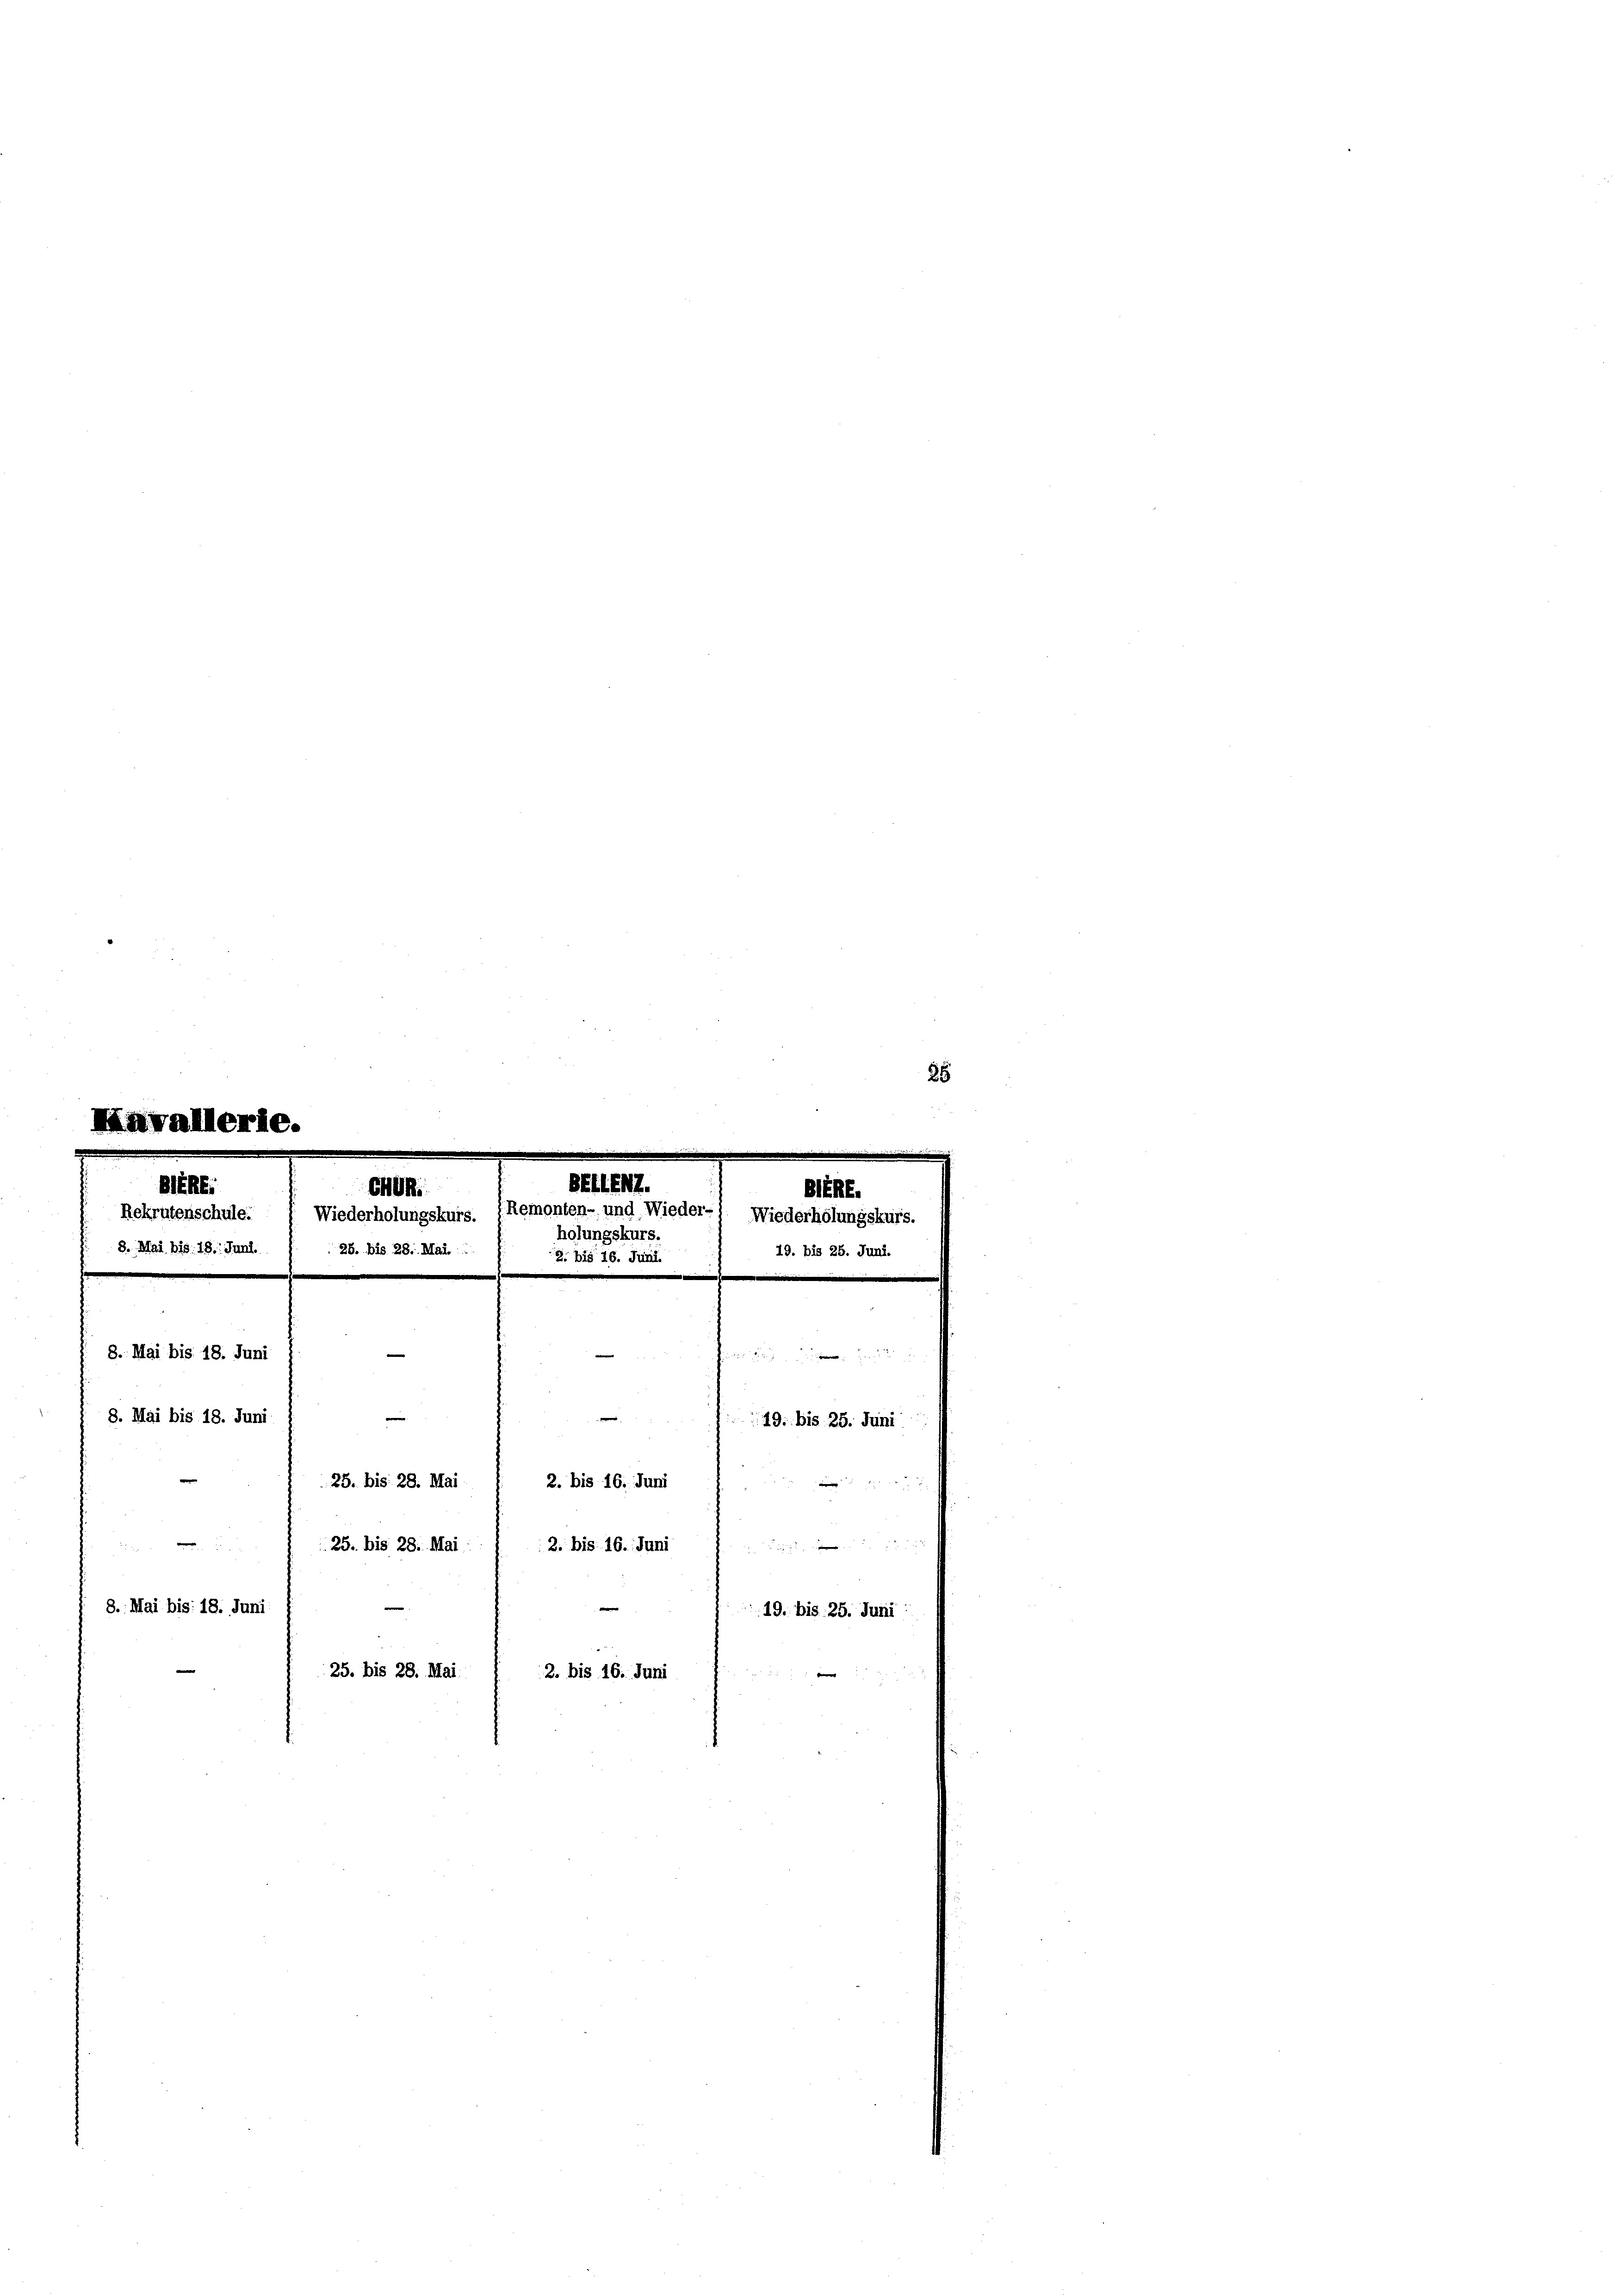
8. Mai bis 18. Juni
8. Mai bis 18. Juni

85

BRE
8. Mai bis 18. Juni.

e
8. Mai bis 18. Juni
25. bis 28. Mai
2. bis 16. Juni

BELLENT.
CHUn
Rekrutenschule.  Wiederholungskurs. (Remonten- und Wieder-
holungskurs.
28. bis 28. Mai.
2. bis 16. Juni

e
e
.
25. bis 28. Mai
2. bis 16. Juni
23. bis 28. Mai
2. bis 16. Juni

19. bis 25. Juni
e

19. bis 25. Juni: